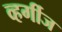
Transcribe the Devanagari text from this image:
व्हर्गीज